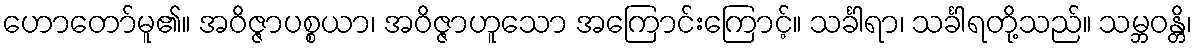
ဟောတော်မူ၏။ အဝိဇ္ဇာပစ္စယာ၊ အဝိဇ္ဇာဟူသော အကြောင်းကြောင့်။ သင်္ခါရာ၊ သင်္ခါရတို့သည်။ သမ္ဘဝန္တိ၊